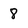
Character: 8